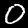
Label: 0